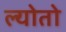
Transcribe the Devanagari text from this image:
ल्योतो